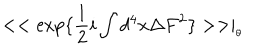
< < \exp \{ \frac { 1 } { 2 } i \int d ^ { 4 } x \Delta F ^ { 2 } \} > > \mid _ { _ { \theta } }